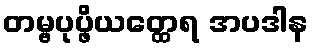
တမ္ဗပုပ္ဖိယတ္ထေရ အပဒါန